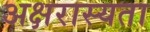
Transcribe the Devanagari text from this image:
अक्षरास्यता